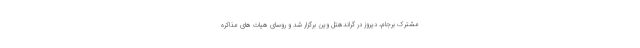
مشترک برجام، دیروز در گراندهتل وین برگزار شد و روسای هیات های مذاکره